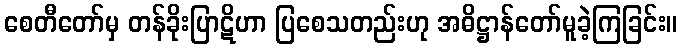
စေတီတော်မှ တန်ခိုးပြာဋိဟာ ပြစေသတည်းဟု အဓိဋ္ဌာန်တော်မူခဲ့ကြခြင်း။